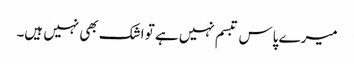
میرے پاس تبسم نہیں ہے تو اشک بھی نہیں ہیں۔